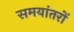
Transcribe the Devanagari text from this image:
समयांतरों